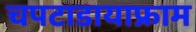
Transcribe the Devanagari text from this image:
चपटाडायाफ्राम